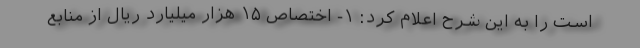
است را به این شرح اعلام کرد: ۱- اختصاص ۱۵ هزار میلیارد ریال از منابع